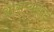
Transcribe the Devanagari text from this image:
आसऱ्यासाठी